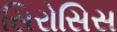
સિરોસિસ